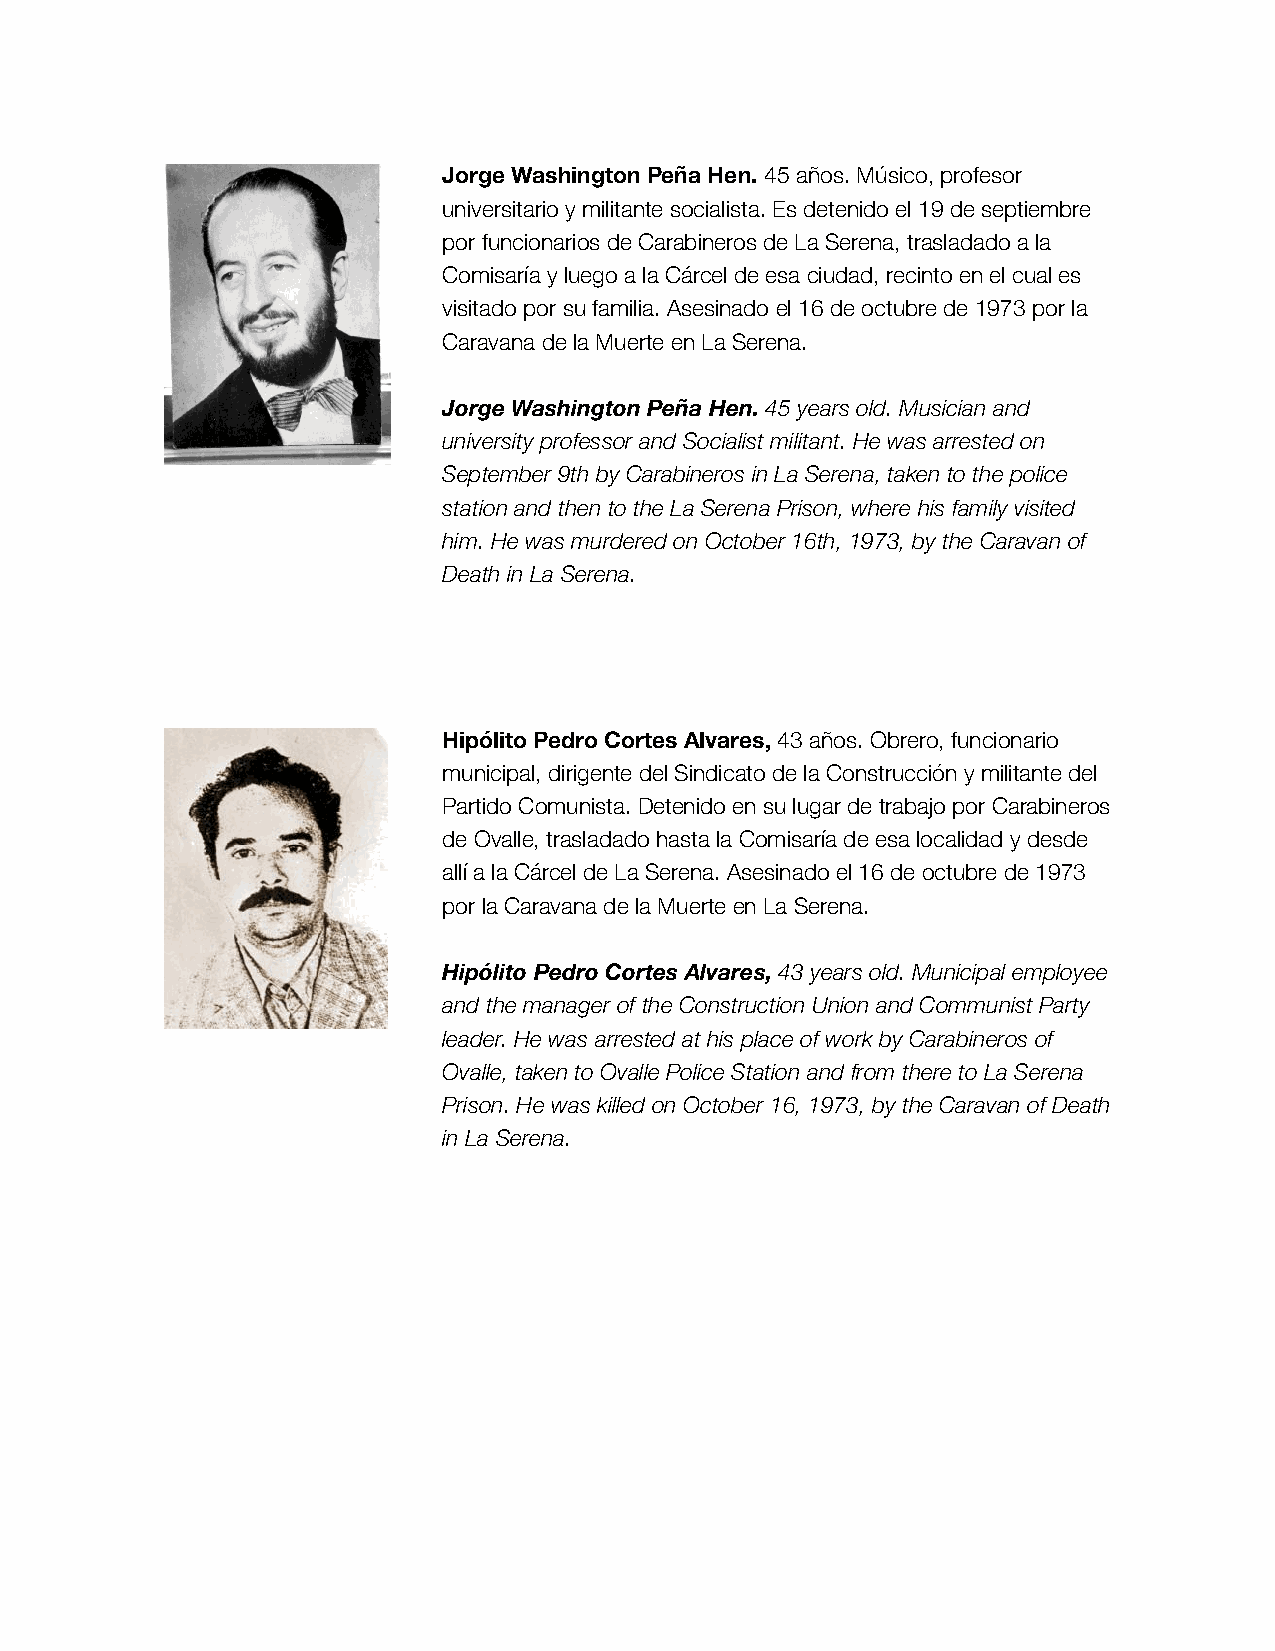
Jorge Washington Peña Hen. 45 años. Músico, profesor
 universitario y militante socialista. Es detenido el 19 de septiembre
 por funcionarios de Carabineros de La Serena, trasladado a la
 Comisaría y luego a la Cárcel de esa ciudad, recinto en el cual es
 visitado por su familia. Asesinado el 16 de octubre de 1973 por la
 Caravana de la Muerte en La Serena.
 Jorge Washington Peña Hen. 45 years old. Musician and
 university professor and Socialist militant. He was arrested on
 September 9th by Carabineros in La Serena, taken to the police
 station and then to the La Serena Prison, where his family visited
 him. He was murdered on October 16th, 1973, by the Caravan of
 Death in La Serena.
 Hipólito Pedro Cortes Alvares, 43 años. Obrero, funcionario
 municipal, dirigente del Sindicato de la Construcción y militante del
 Partido Comunista. Detenido en su lugar de trabajo por Carabineros
 de Ovalle, trasladado hasta la Comisaría de esa localidad y desde
 allí a la Cárcel de La Serena. Asesinado el 16 de octubre de 1973
 por la Caravana de la Muerte en La Serena.
 Hipólito Pedro Cortes Alvares, 43 years old. Municipal employee
 and the manager of the Construction Union and Communist Party
 leader. He was arrested at his place of work by Carabineros of
 Ovalle, taken to Ovalle Police Station and from there to La Serena
 Prison. He was killed on October 16, 1973, by the Caravan of Death
 in La Serena.